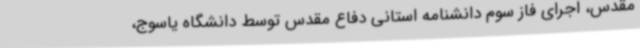
مقدس، اجرای فاز سوم دانشنامه استانی دفاع مقدس توسط دانشگاه یاسوج،